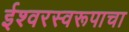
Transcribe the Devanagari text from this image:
ईश्वरस्वरूपाचा